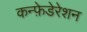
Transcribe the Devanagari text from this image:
कन्फ़ेडेरेशन